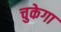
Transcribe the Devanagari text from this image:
चुकेगा